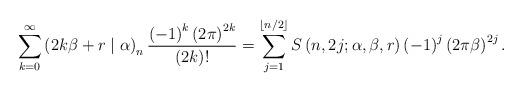
LaTeX: \begin{align*}\sum_{k=0}^{\infty}\left( 2k\beta+r\mid\alpha\right) _{n}\frac{\left(-1\right) ^{k}\left( 2\pi\right) ^{2k}}{\left( 2k\right) !}=\sum_{j=1}^{\left\lfloor n/2\right\rfloor }S\left( n,2j;\alpha,\beta,r\right)\left( -1\right) ^{j}\left( 2\pi\beta\right) ^{2j}. \end{align*}